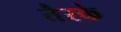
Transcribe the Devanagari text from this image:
तैरके